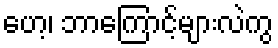
ဟေ့၊ ဘာကြောင့်များလဲကွ